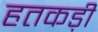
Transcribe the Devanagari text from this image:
हतकड़ी